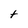
Character: t